Indian journal of veterinary science and animal husbandry - Volumes 24-25, 1954-1955
Year: 1954
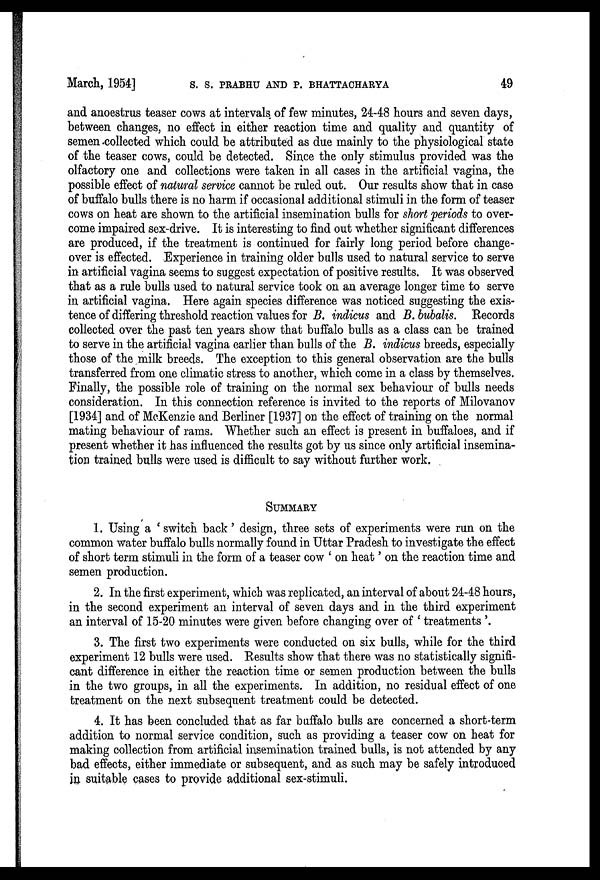
March, 1954] S. S. PRABHU AND P. BHATTACHARYA 49
and anoestrus teaser cows at intervals of few minutes, 24-48 hours and seven days,
between changes, no effect in either reaction time and quality and quantity of
semen .collected which could be attributed as due mainly to the physiological state
of the teaser cows, could be detected. Since the only stimulus provided was the
olfactory one and collections were taken in all cases in the artificial vagina, the
possible effect of natural service cannot be ruled out. Our results show that in case
of buffalo bulls there is no harm if occasional additional stimuli in the form of teaser
cows on heat are shown to the artificial insemination bulls for short periods to over-
come impaired sex-drive. It is interesting to find out whether significant differences
are produced, if the treatment is continued for fairly long period before change-
over is effected. Experience in training older bulls used to natural service to serve
in artificial vagina seems to suggest expectation of positive results. It was observed
that as a rule bulls used to natural service took on an average longer time to serve
in artificial vagina. Here again species difference was noticed suggesting the exis-
tence of differing threshold reaction values for B. indicus and B. bubalis. Records
collected over the past ten years show that buffalo bulls as a class can be trained
to serve in the artificial vagina earlier than bulls of the B. indicus breeds, especially
those of the milk breeds. The exception to this general observation are the bulls
transferred from one climatic stress to another, which come in a class by themselves.
Finally, the possible role of training on the normal sex behaviour of bulls needs
consideration. In this connection reference is invited to the reports of Milovanov
[1934] and of McKenzie and Berliner [1937] on the effect of training on the normal
mating behaviour of rams. Whether such an effect is present in buffaloes, and if
present whether it has influenced the results got by us since only artificial insemina-
tion trained bulls were used is difficult to say without further work.
SUMMARY
1. Using a ' switch back' design, three sets of experiments were run on the
common water buffalo bulls normally found in Uttar Pradesh to investigate the effect
of short term stimuli in the form of a teaser cow ' on heat' on the reaction time and
semen production.
2. In the first experiment, which was replicated, an interval of about 24-48 hours,
in the second experiment an interval of seven days and in the third experiment
an interval of 15-20 minutes were given before changing over of ' treatments '.
3. The first two experiments were conducted on six bulls, while for the third
experiment 12 bulls were used. Results show that there was no statistically signifi-
cant difference in either the reaction time or semen production between the bulls
in the two groups, in all the experiments. In addition, no residual effect of one
treatment on the next subsequent treatment could be detected.
4. It has been concluded that as far buffalo bulls are concerned a short-term
addition to normal service condition, such as providing a teaser cow on heat for
making collection from artificial insemination trained bulls, is not attended by any
bad effects, either immediate or subsequent, and as such may be safely introduced
in suitable cases to provide additional sex-stimuli.